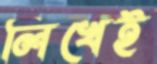
লিখেই